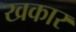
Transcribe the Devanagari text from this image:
खकार